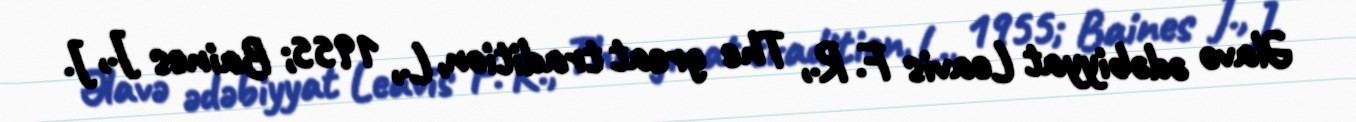
Əlavə ədəbiyyat Leavis F. R., The great tradition, L., 1955; Baines J., J.